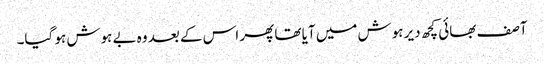
آصف بھائی کچھ دیر ہوش میں آیا تھا پھر اس کے بعد وہ بے ہوش ہو گیا۔